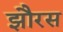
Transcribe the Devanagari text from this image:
झौरस